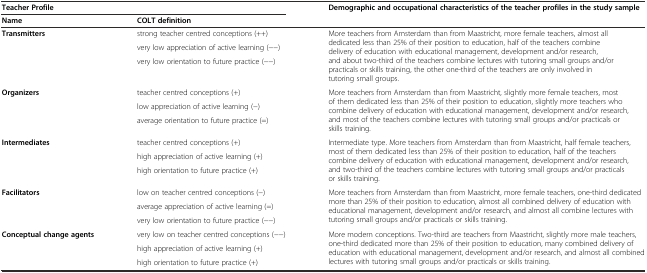
| <COLSPAN=2> Teacher Profile | Demographic and occupational characteristics of the teacher profiles in the study sample |
 | Name | COLT definition |  |
 | --- | --- | --- |
 | <ROWSPAN=3> Transmitters | strong teacher centred conceptions (++) | <ROWSPAN=3> More teachers from Amsterdam than from Maastricht, more female teachers, almost all dedicated less than 25% of their position to education, half of the teachers combine delivery of education with educational management, development and/or research, and about two-third of the teachers combine lectures with tutoring small groups and/or practicals or skills training, the other one-third of the teachers are only involved in tutoring small groups. |
 | very low appreciation of active learning (--) |
 | very low orientation to future practice (--) |
 | <ROWSPAN=3> Organizers | teacher centred conceptions (+) | <ROWSPAN=3> More teachers from Amsterdam than from Maastricht, slightly more female teachers, most of them dedicated less than 25% of their position to education, slightly more teachers who combine delivery of education with educational management, development and/or research, and most of the teachers combine lectures with tutoring small groups and/or practicals or skills training. |
 | low appreciation of active learning (-) |
 | average orientation to future practice (=) |
 | <ROWSPAN=3> Intermediates | teacher centred conceptions (+) | <ROWSPAN=3> Intermediate type. More teachers from Amsterdam than from Maastricht, half female teachers, most of them dedicated less than 25% of their position to education, half of the teachers combine delivery of education with educational management, development and/or research, and two-third of the teachers combine lectures with tutoring small groups and/or practicals or skills training. |
 | high appreciation of active learning (+) |
 | high orientation to future practice (+) |
 | <ROWSPAN=3> Facilitators | low on teacher centred conceptions (-) | <ROWSPAN=3> More teachers from Amsterdam than from Maastricht, more female teachers, one-third dedicated more than 25% of their position to education, almost all combined delivery of education with educational management, development and/or research, and almost all combine lectures with tutoring small groups and/or practicals or skills training. |
 | average appreciation of active learning (=) |
 | very low orientation to future practice (--) |
 | <ROWSPAN=2> Conceptual change agents | very low on teacher centred conceptions (--) | <ROWSPAN=2> More modern conceptions. Two-third are teachers from Maastricht, slightly more male teachers, one-third dedicated more than 25% of their position to education, many combined delivery of education with educational management, development and/or research, and almost all combined lectures with tutoring small groups and/or practicals or skills training. |
 | high appreciation of active learning (+) |
 |  | high orientation to future practice (+) |  |